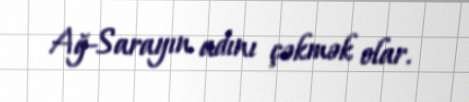
Ağ-Sarayın adını çəkmək olar.